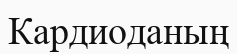
Кардиоданың